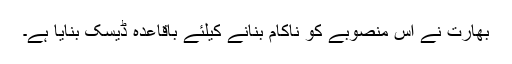
بھارت نے اس منصوبے کو ناکام بنانے کیلئے باقاعدہ ڈیسک بنایا ہے۔